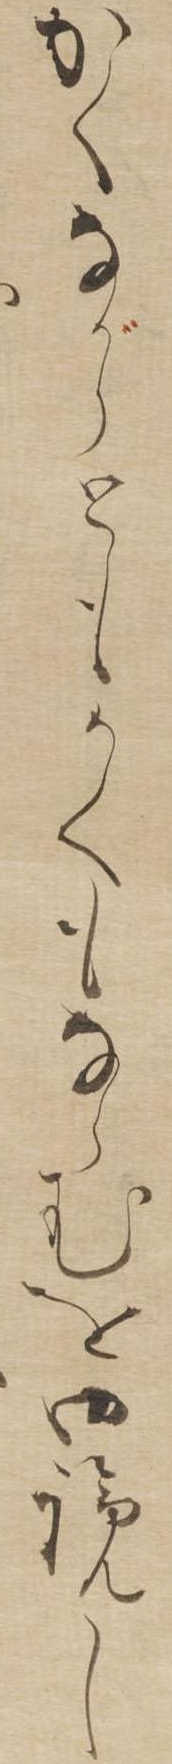
かくながらともかくもならむを御覧し